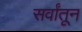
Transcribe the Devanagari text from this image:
सर्वांतून